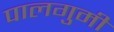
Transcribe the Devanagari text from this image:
पालगुमी